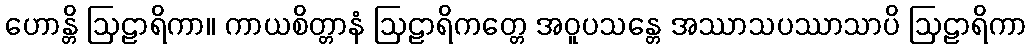
ဟောန္တိ ဩဠာရိကာ။ ကာယစိတ္တာနံ ဩဠာရိကတ္တေ အဝူပသန္တေ အဿာသပဿာသာပိ ဩဠာရိကာ